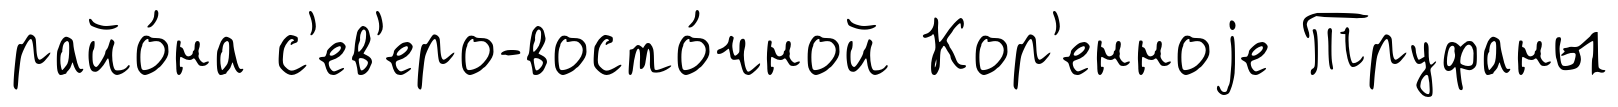
райо́на с'ев'еро-восто́чной Кор'енноjе Труфаны